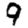
Digit: 9